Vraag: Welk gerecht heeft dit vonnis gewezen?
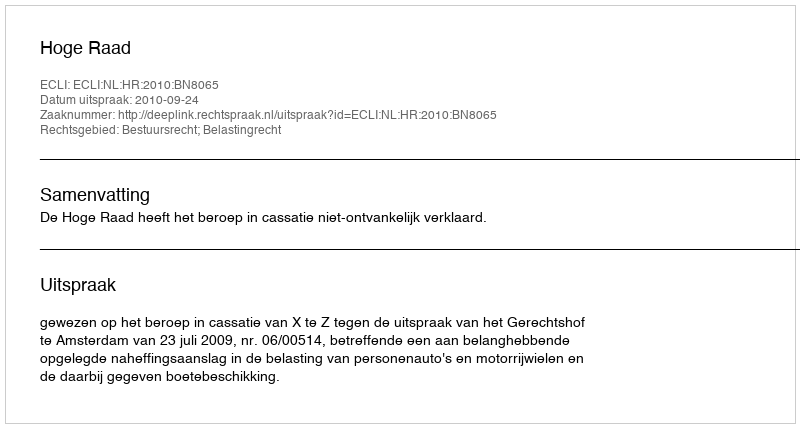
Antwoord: Hoge Raad